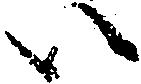
い